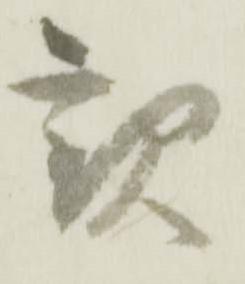
親